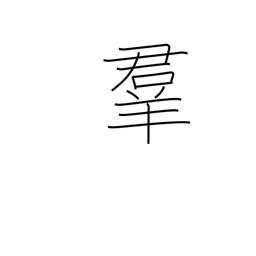
Meaning: crowd